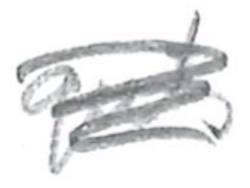
Text: guts
Cross-out: scratch
Writing tool: pencil